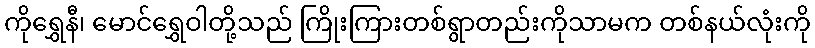
ကိုရွှေနီ၊ မောင်ရွှေဝါတို့သည် ကြိုးကြားတစ်ရွာတည်းကိုသာမက တစ်နယ်လုံးကို